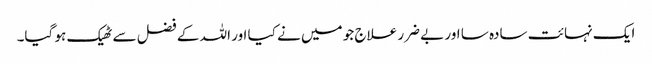
ایک نہائت سادہ سا اور بے ضرر علاج جو میں نے کیا اور اللہ کے فضل سے ٹھیک ہو گیا۔